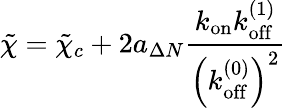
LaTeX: \tilde{\chi}=\tilde{\chi}_{c}+2a_{\Delta N}\frac{k_{\mathrm{on}}k_{\mathrm{off}}^{(1)}}{\left(k_{\mathrm{off}}^{(0)}\right)^{2}}